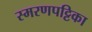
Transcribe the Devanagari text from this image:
स्मरणपट्टिका